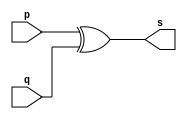
// ---------------------------------------
// Exemplo0005 - xor 
// Nome: Alvaro Henrique de Araujo Rungue 
// ---------------------------------------
 
// --------------------- 
// -- xor gate 
// --------------------- 
 
module xorgate (output [0:3] s, 
                             input   [0:3] p, 
                             input   [0:3] q); 
 assign s = p ^ q; 
endmodule // xor 
 
// --------------------- 
// -- test xorgate 
// --------------------- 
module testxorgate; 
// ------------------------- dados locais 
   reg  [0:3] a,b; // definir registrador 
   wire [0:3] s;    // definir conexao (fio) 
// ------------------------- instancia 
   xorgate XOR1 (s, a, b);  
// ------------------------- preparacao 
   initial begin:start 
      a=4'b0011;   // 4 valores binarios 
      b=4'b0101;   // 4 valores binarios 
   end 
 
// ------------------------- parte principal 
   initial begin:main 
      $display("Exemplo0005 - Alvaro Henrique de Araujo Rungue - 395487"); 
      $display("Test xor gate"); 
      $display("\n  a     ^    b    =     s\n"); 
      $monitor("%b ^ %b = %b", a, b, s); 
  #1  a=0; b=0;    // valores decimais 
  #1  a=4'b0010; b=4'b0001;  // valores binarios 
  #1  a=4'd1;       b=3;    // decimal e decimal 
  #1  a=4'o5;       b=2;    // octal   e decimal 
  #1  a=4'hA;       b=3;    // hexadecimal e decimal 
  #1  a=4'h9;       b=4'o3;   // hexadecimal e octal 
 
 end 
 
endmodule // testxorgate